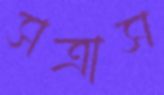
সত্রাস